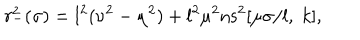
r _ { - } ^ { 2 } ( \sigma ) = l ^ { 2 } ( \nu ^ { 2 } - \mu ^ { 2 } ) + l ^ { 2 } \mu ^ { 2 } \mathrm { n s } ^ { 2 } [ \mu \sigma / l , \; k ] ,